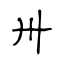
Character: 卅